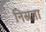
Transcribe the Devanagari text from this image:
निस्रता